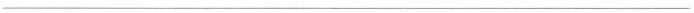
___